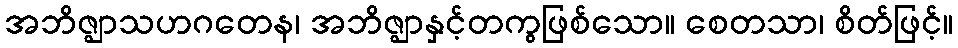
အဘိဇ္ဈာသဟဂတေန၊ အဘိဇ္ဈာနှင့်တကွဖြစ်သော။ စေတသာ၊ စိတ်ဖြင့်။